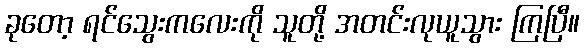
ခုတော့ ရင်သွေးကလေးကို သူတို့ အတင်းလုယူသွား ကြပြီ။